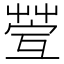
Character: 𦯥